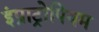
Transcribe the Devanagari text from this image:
इंप्राट्रोपियम